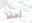
إضغط